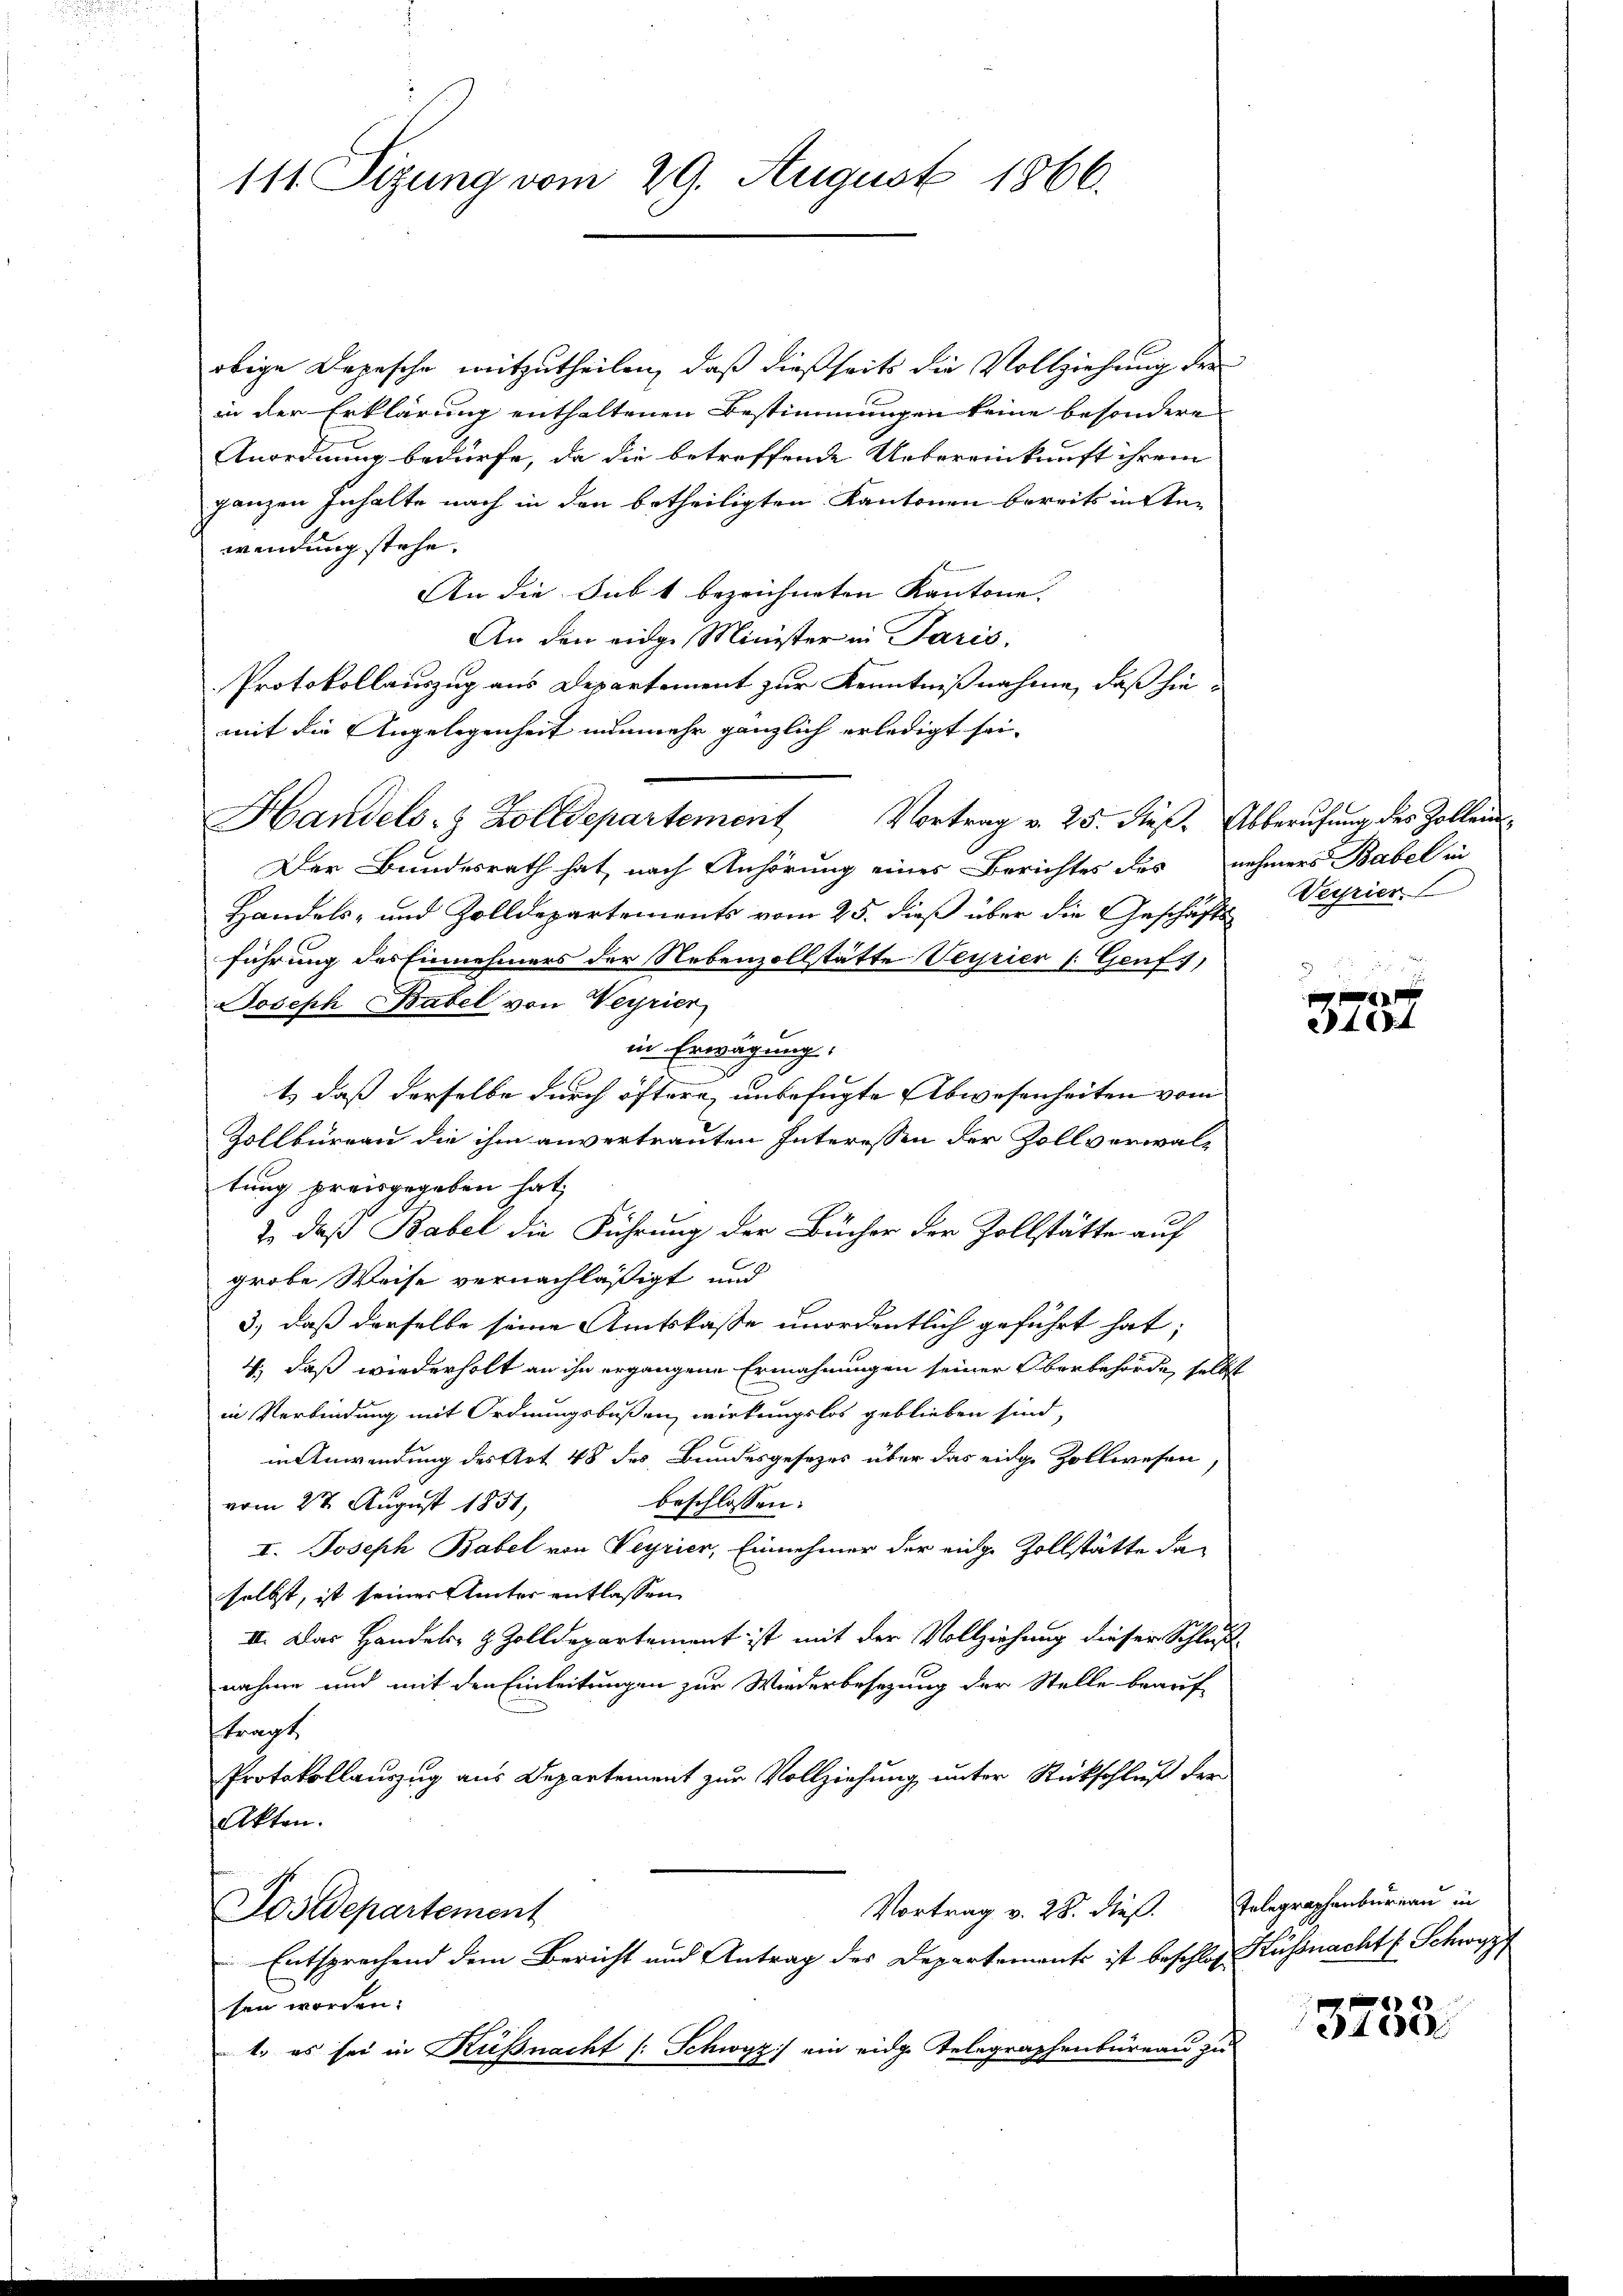
111 Sizung vom 29. August 1866.

obige Depesche mitzutheilen, daß dießseits die Vollziehung der
in der Erklärung enthaltenen Bestimmungen keine besondere
Anordnung bedürfe, da die betreffende Uebereinkunft ihrem
ganzen Inhalte nach in den betheiligten Kantonen bereits in Anwendung stehe.
An die Sub 1 bezeichneten Kantone.
An den eidge Minister in Paris.
Protokollauszug aus Departement zur Kenntnißnahme, daß hiemit die Angelegenheit nunmehr gänzlich erledigt sei.
Handels- & Zolldepartement Vortrag v. 25. dieß. Abberufung des Zollen¬
Der Bundesrath hat, nach Anhörung eines Berichtes des nehmers Babel in
Handels- und Zolldepartements vom 25. dieß über die Geschäfts Verrier
führung des Einnehmers der Nebenzollstätte Verrier (: Genf),
Joseph Babel von Verrier
in Erwägung.
t., daß derselbe durch öftere unbefugte Abwesenheiten vom
Zollbüreau die ihm anvertrauten Interessen der Zollverwaltung preisgegeben hat,
2, daß Babel die Führung der Bücher der Zollstätte auf
grobe Weise vernachläßigt und
3.) daß derselbe seine Amtskasse unordentlich geführt hat;
4., daß wiederholt an ihn ergangene Ermahnungen seiner Oberbehörde, selbst
in Verbindung mit Ordnungsbußen, wirkungslos geblieben sind,
in Anwendung des Art 48 des Bundesgesetzes über das eidge Zollwesen,
beschlossen:
vom 27. August 1851,
I. Joseph Babel von Veyrier, Einnehmer der eige Zollstätte da
selbst, ist seiner Ämter entlassen
II. Das Handels- & Zolldepartement ist mit der Vollziehung dieser Schluß
nahme und mit den Einleitungen zur Wiederbesezung der Stelle beauf-
ftragt,
Protokollauszug aus Departement zur Vollziehung unter Rückschluß der
Akten.
Vortrag v. 28. dieß.
Postdepartement
Entsprechend dem Bericht und Antrag des Departements ist beschloß Küssnacht (Schwyz
sen worden.
t. es sei in Küßnacht (Schwyz) ein eidge Telegraphenbüreau zu

2461

Telegraphenbureau in

3732